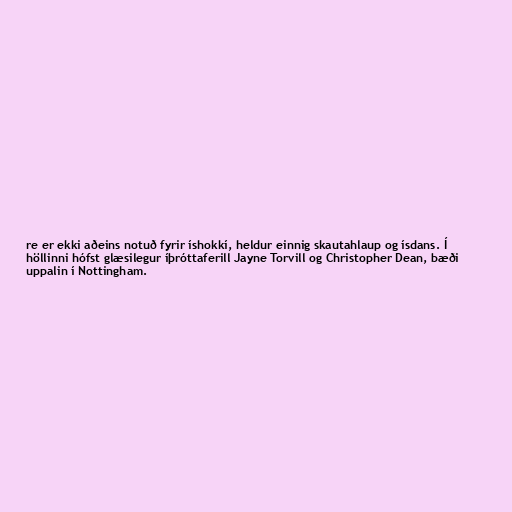
re er ekki aðeins notuð fyrir íshokkí, heldur einnig skautahlaup og ísdans. Í
höllinni hófst glæsilegur íþróttaferill Jayne Torvill og Christopher Dean, bæði
uppalin í Nottingham.